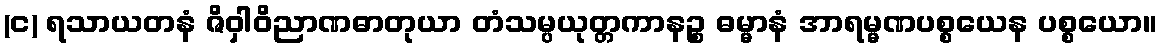
(င) ရသာယတနံ ဇိဝှါဝိညာဏဓာတုယာ တံသမ္ပယုတ္တကာနဉ္စ ဓမ္မာနံ အာရမ္မဏပစ္စယေန ပစ္စယော။